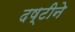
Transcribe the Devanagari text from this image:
दष्‍टीने